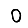
Digit: 0